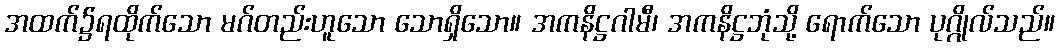
အထက်၌ရထိုက်သော မဂ်တည်းဟူသော သောရှိသော။ အကနိဋ္ဌဂါမီ၊ အကနိဋ္ဌဘုံသို့ ရောက်သော ပုဂ္ဂိုလ်သည်။